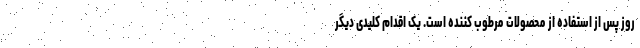
روز پس از استفاده از محصولات مرطوب کننده است. یک اقدام کلیدی دیگر